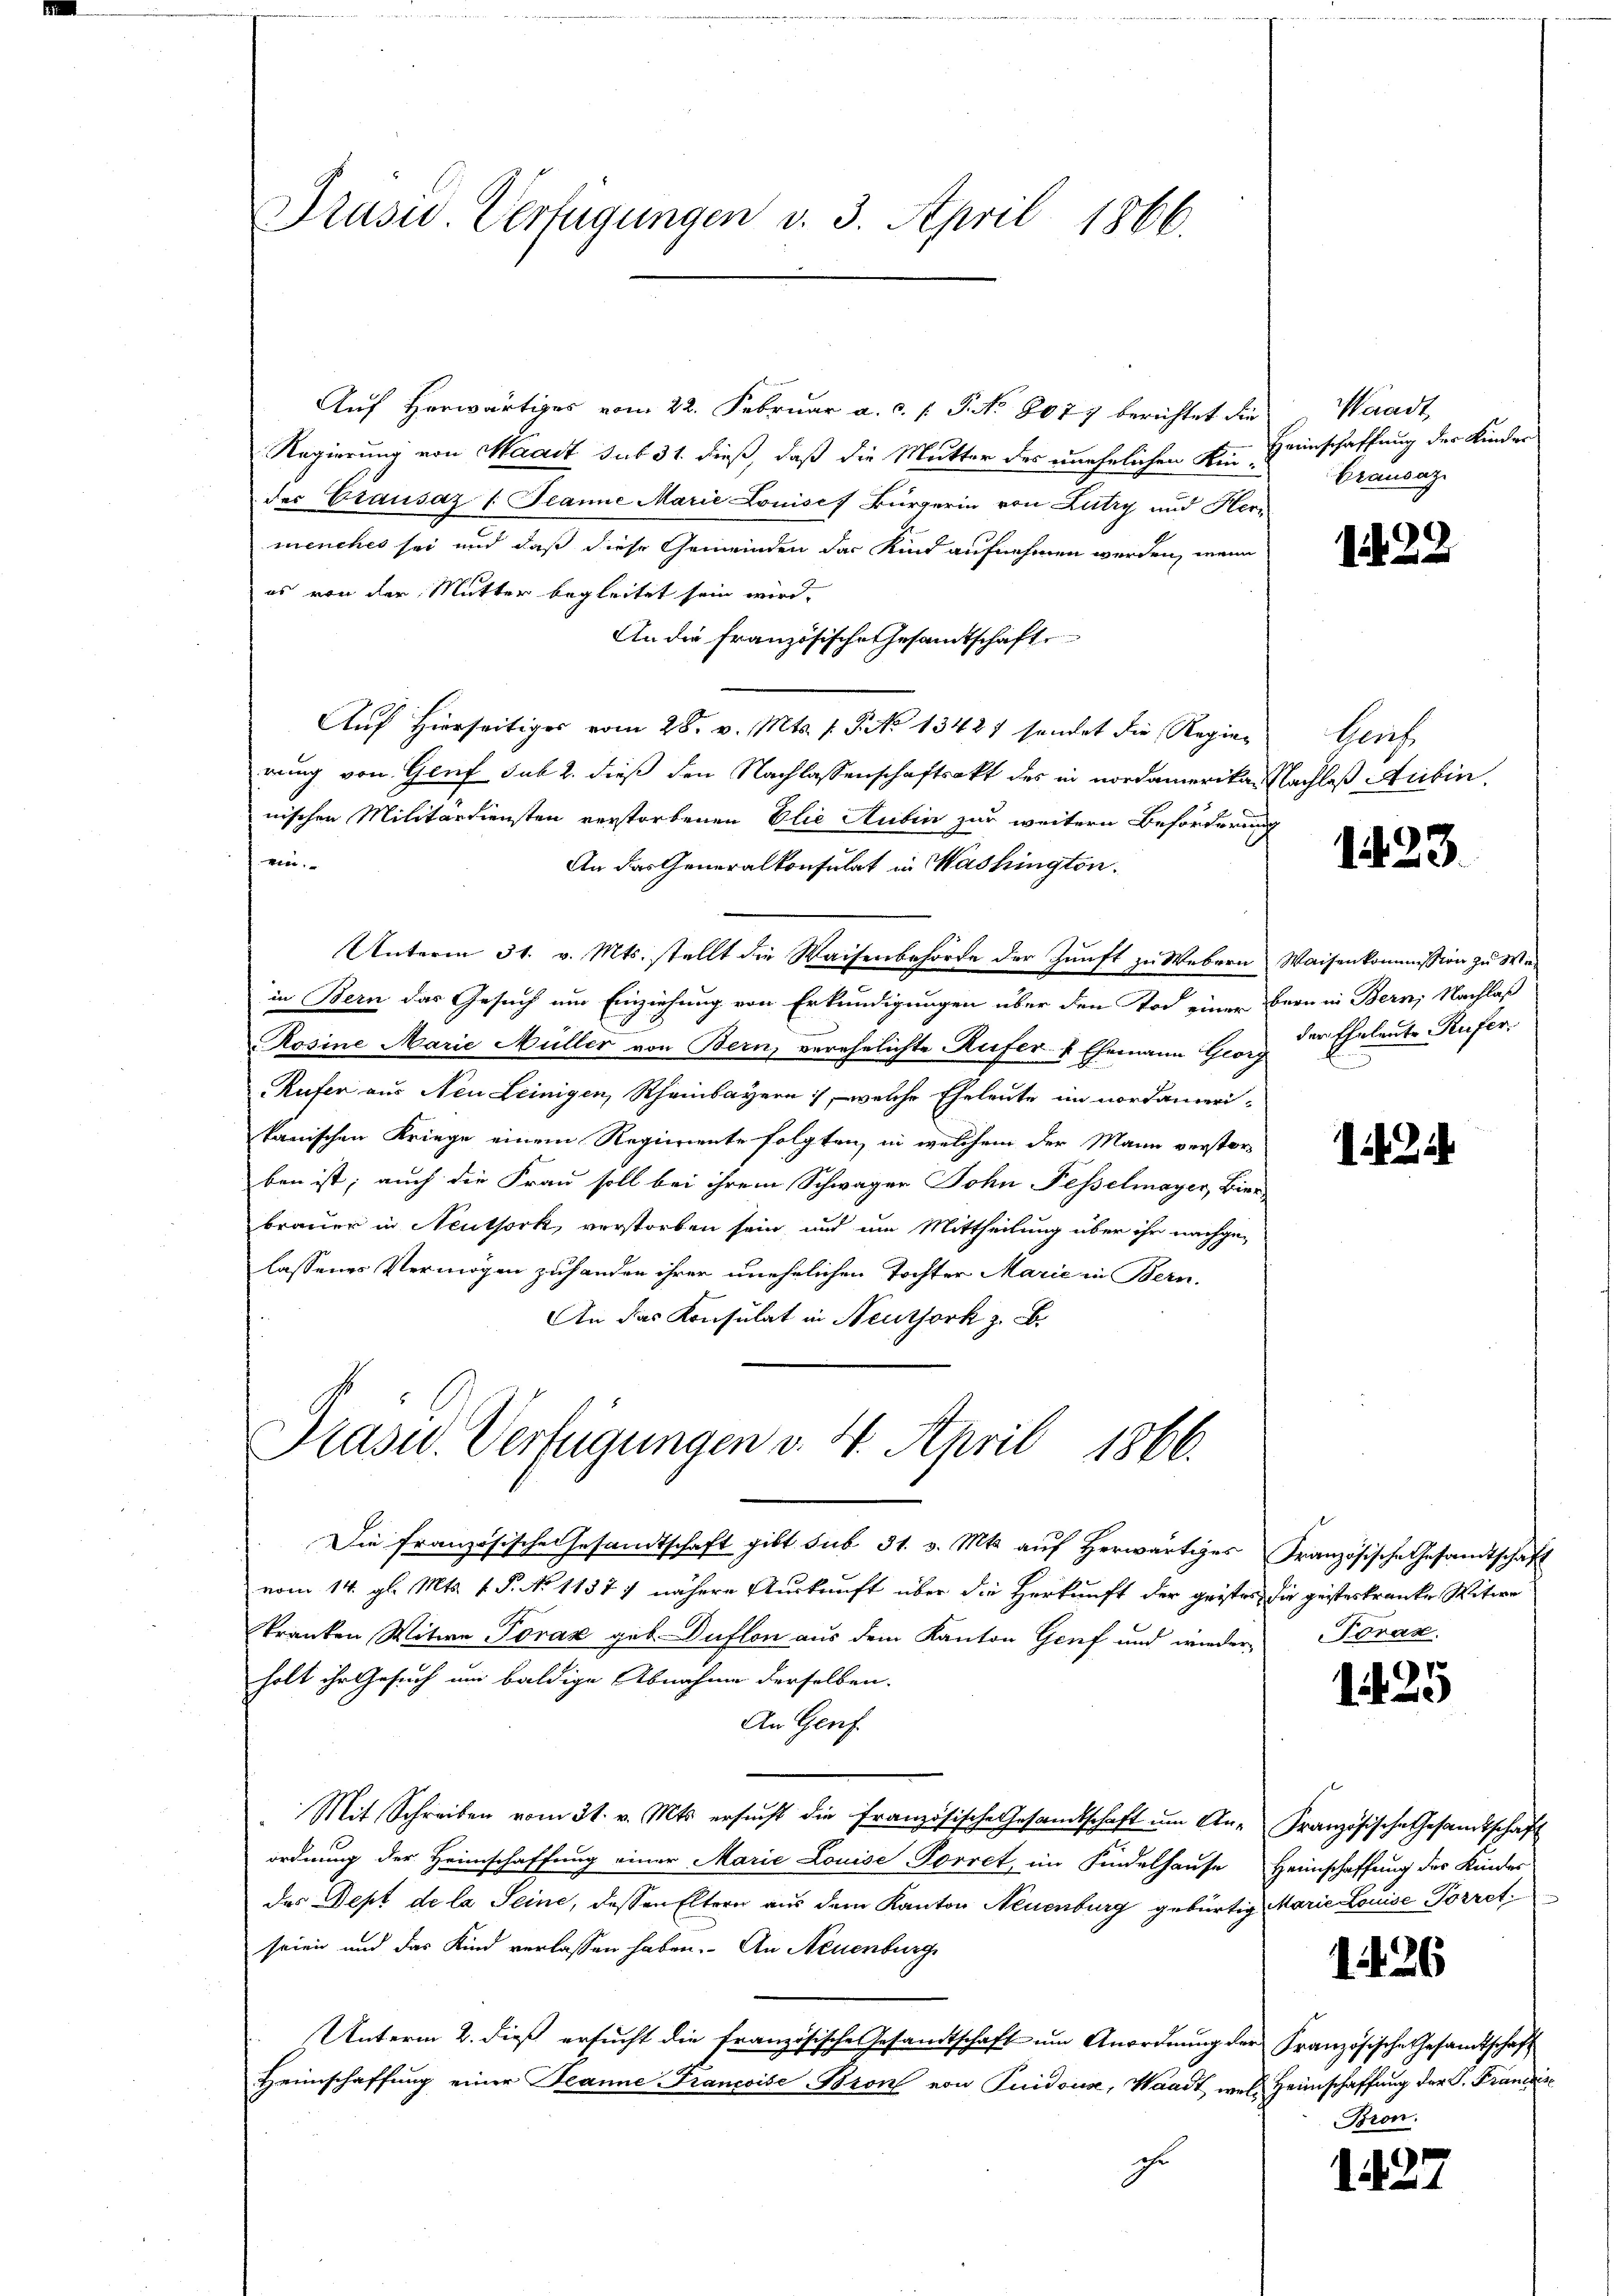
Drusw. Verfügungen v. 3. April 1866.

Auf Horwärtiges vom 22. Februar a. c. l. J. No 8077 berichtet die Waadt
Regierung von Waadt sub 31. dieß, daß die Mutter des unehelichen Kinder Grausaz /: Jeanne Marie Louises Bürgerin von Lutry und Herz
menches sei und daß diese Gemeinden das Kind aufnehmen werden, wenn
es von der Mutter begleitet sein wird.
An die französische Gesamtschaft
Auf hierseitiger vom 28. v. Mts. f. P. No 13427 sendet die Regierung von Genf sub 2. dieß den Nachlassenschaftsakt des in nordamerikar Nachleß Aubin.
nischen Militärdiensten verstorbenen Elie Rubin zur weitern Beförderung
ein.
An das Generalkonsulat in Washington.
Unterm 31. v. Mts. stellt die Waisenbehörde der Zunft zu Webern Waisenkommission zu We
in Bern das Gesuch um Einziehung von Erkundigungen über den Tod einer Bern in Bern, Nachlaß
Rosine Marie Müller von Bern, verehelichte Rufer- & Ehemann Georg
Rufer aus Neu Leinigen, Rheinbayern, welche Eheleute im nordamerikanischen Kriege einem Regierente folgten, in welchem der Mann verstorben ist; auch die Frau soll bei ihrem Schwager John Fesselmayer, Bier
brauer in Neuthork, verstorben sein und um Mittheilung über ihr nachge-
lassenes Vermögen zuhanden ihrer unehelichen Tochter Marie in Bern.
An das Konsulat in Neuthork z. B.

Präsid. Verfügungen v. 4. April 1866.

Die französische Gesandtschaft gibt sub 31. v. Mts. auf Herwärtiges Französische Gesandtschaft
vom 14. gl. Mts. v. P. N. 1137) nähere Auskunft über die Herkunft der geistes die gesteskranke Witwe
Tranken Witwe Porax geb. Duflon aus dem Kanton Genf und wieder-
holt ihr Gesuch und baldige Abnahme derselben.
An Genf.
Mit Schreiben vom 31. v. Mts. ersŭcht die französische Gesandtschaft ŭm An- Französische Gesandtschaft
ordnung der Heimschaffung einer Marie Louise Forret, im Kindelhause Heimschaffung des Kinder
das Sept de la Seine, dessen Eltern aus dem Kanton Neuenburg gebürtig Marie Louise-Porret
seien und das Kind verlassen haben. An Neuenburge
Unterm 2. dieß ersucht die französische Gesandtschaft um Anordnung der Französische Gesandtschaft
Heimschaffung einer Jeanne Francoise Bron von Quidous, Waadt, wel Heimschaffung der G. Franzis
Ihr

Heimschaffung der Kinder
Grausaz

1 22

Herf

123.

der Eheleute Rufer.

12

Foran.

1425

1426

Bron.

1. 427